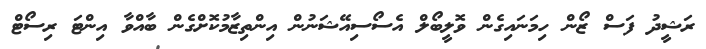
ރަޝީދު ފަސް ޒޯން ހިމަނައިގެން ވޮލީބޯލް އެސޯސިއޭޝަނުން އިންތިޒާމުކޮށްގެން ބާއްވާ އިންޓަ ރިސޯޓް